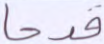
قدحا